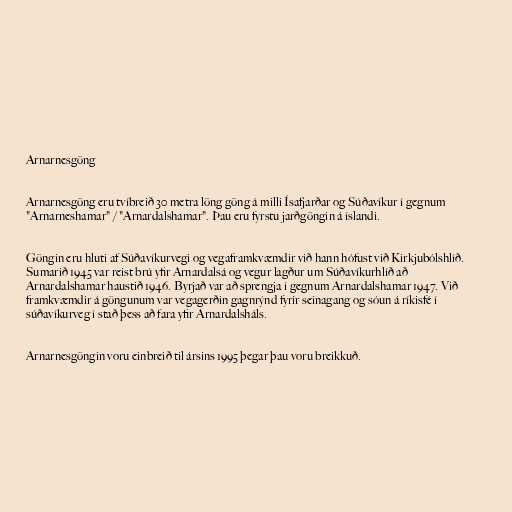
Arnarnesgöng

Arnarnesgöng eru tvíbreið 30 metra löng göng á milli Ísafjarðar og Súðavíkur í gegnum
"Arnarneshamar" / "Arnardalshamar". Þau eru fyrstu jarðgöngin á íslandi.

Göngin eru hluti af Súðavíkurvegi og vegaframkvæmdir við hann hófust við Kirkjubólshlíð.
Sumarið 1945 var reist brú yfir Arnardalsá og vegur lagður um Súðavíkurhlíð að
Arnardalshamar haustið 1946. Byrjað var að sprengja í gegnum Arnardalshamar 1947. Við
framkvæmdir á göngunum var vegagerðin gagnrýnd fyrir seinagang og sóun á ríkisfé í
súðavíkurveg í stað þess að fara yfir Arnardalsháls.

Arnarnesgöngin voru einbreið til ársins 1995 þegar þau voru breikkuð.